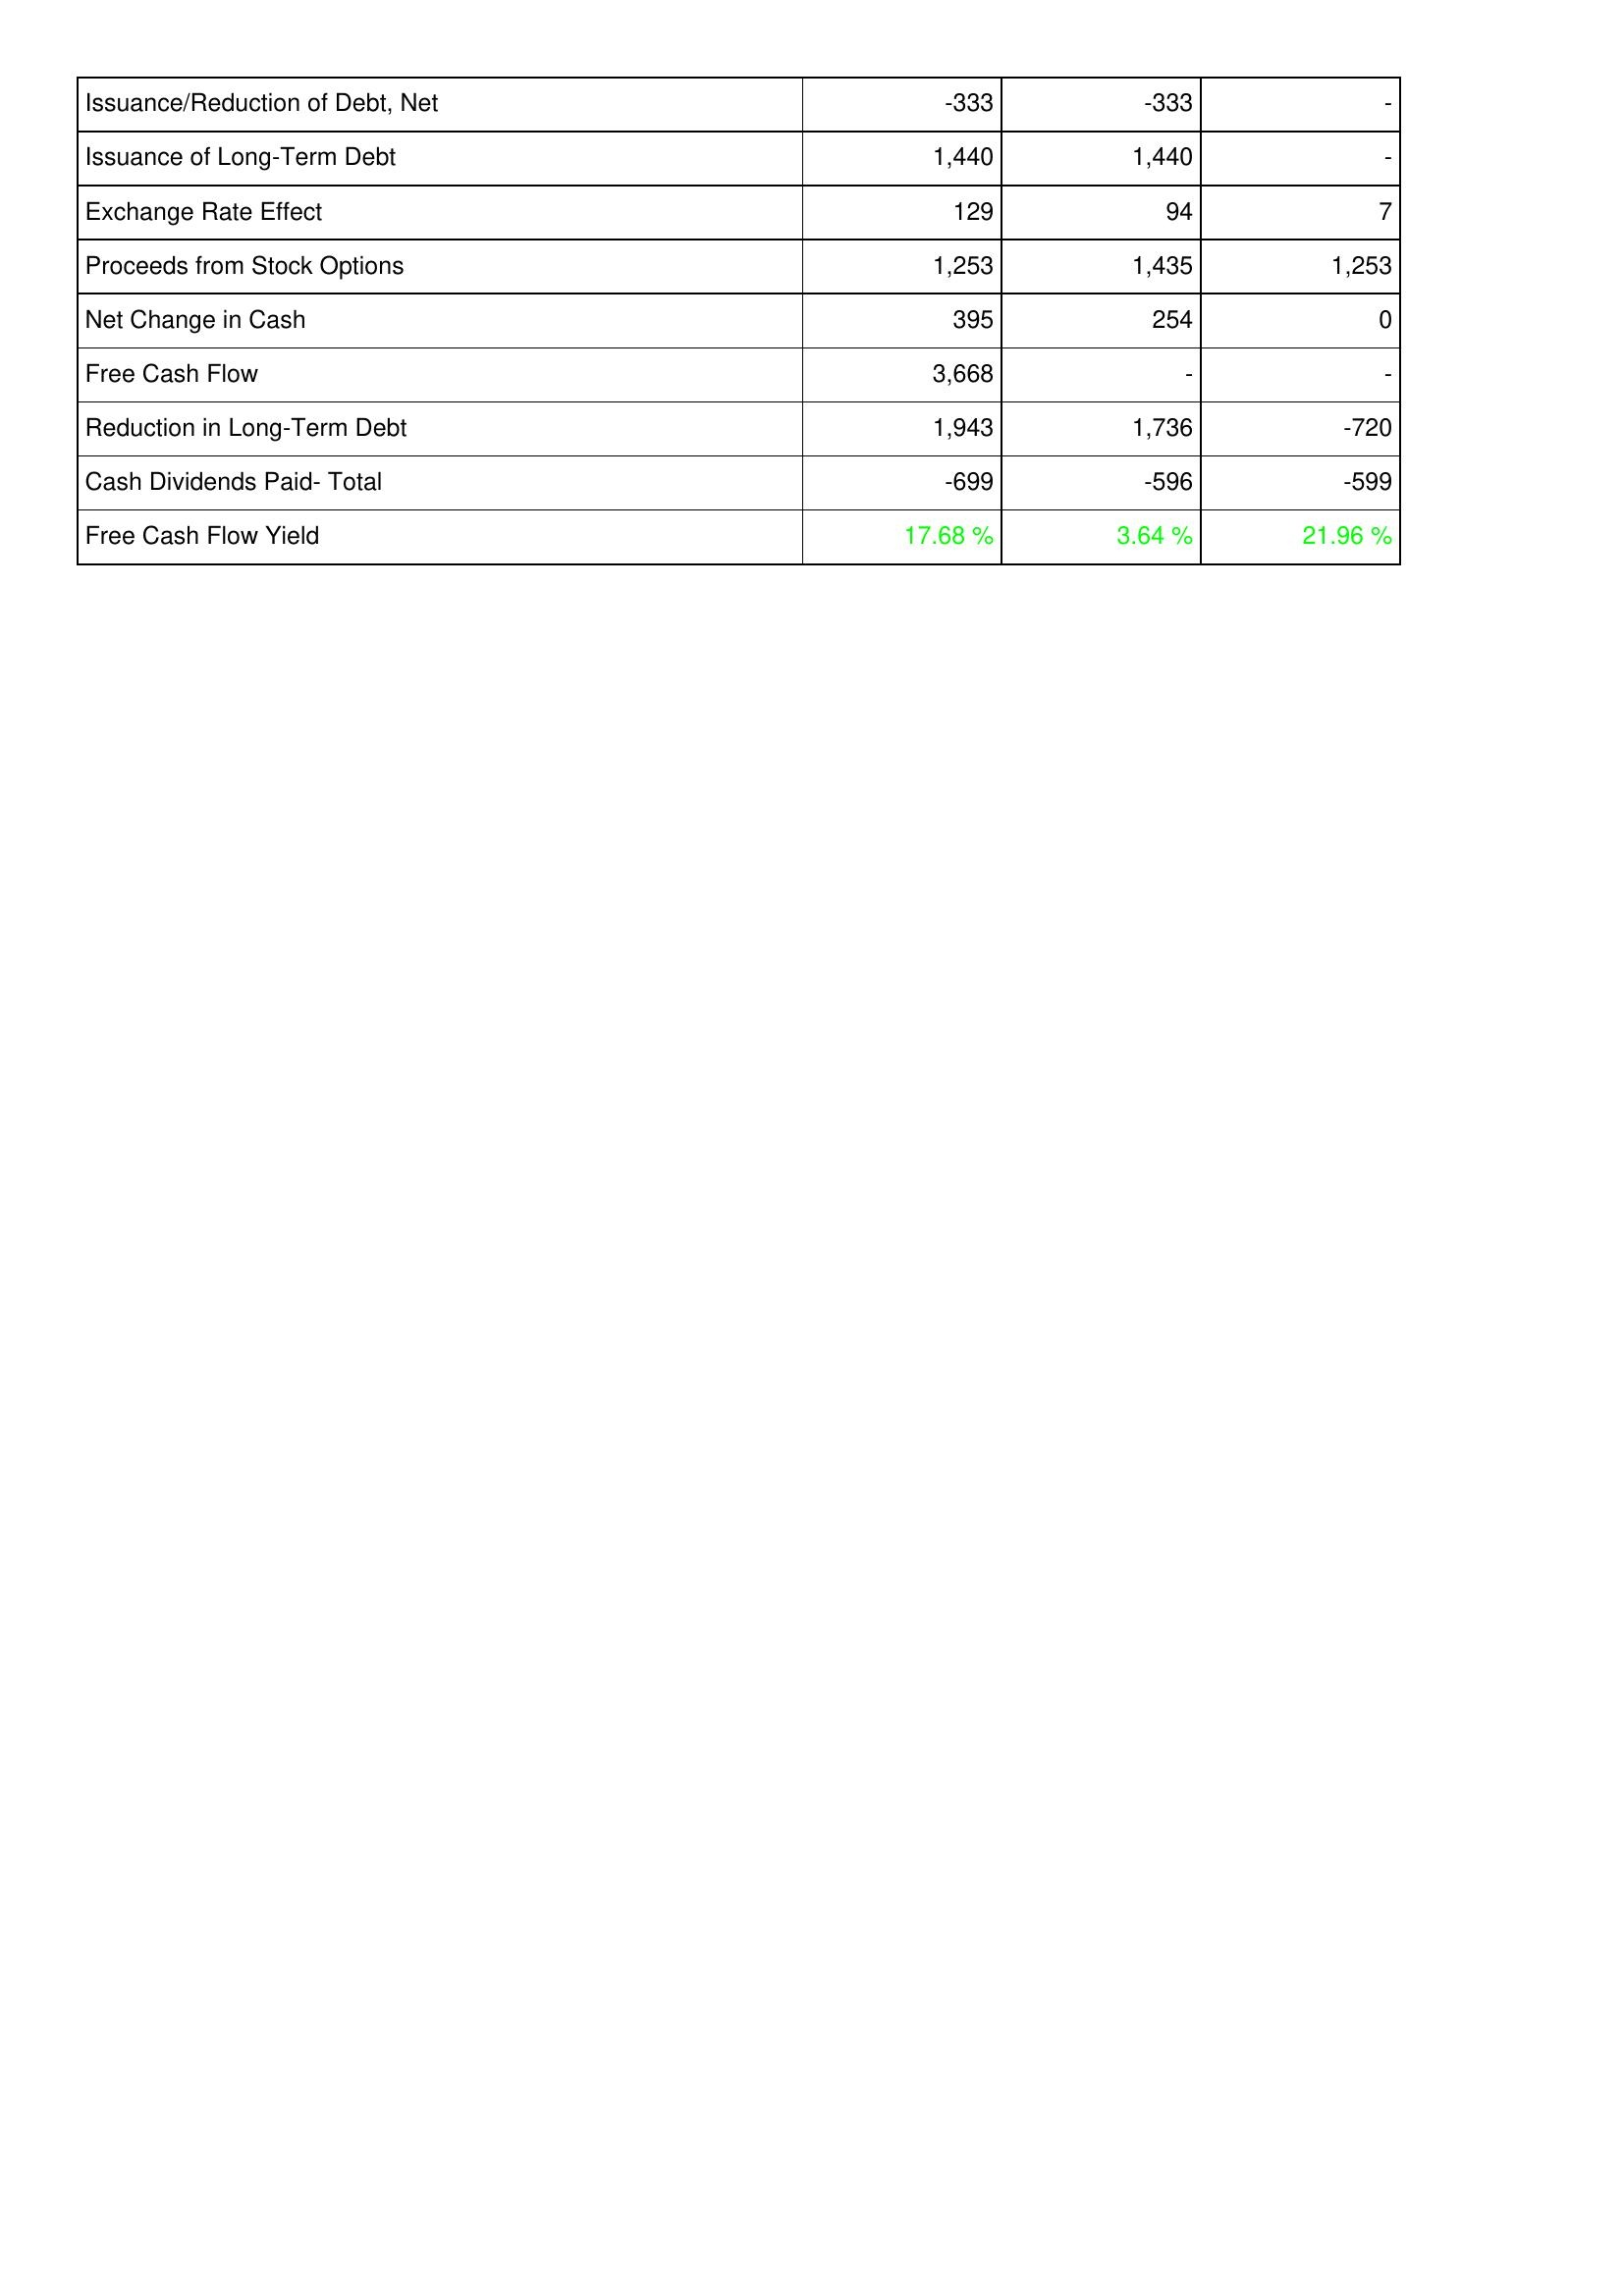
2020: Financing Activities: Issuance/Reduction of Debt, Net: -333
Issuance of Long-Term Debt: 1,440
Exchange Rate Effect: 129
Proceeds from Stock Options: 1,253
Net Change in Cash: 395
Free Cash Flow: 3,668
Reduction in Long-Term Debt: 1,943
Cash Dividends Paid- Total: -699
Free Cash Flow Yield: 17.68 %
2019: Financing Activities: Issuance/Reduction of Debt, Net: -333
Issuance of Long-Term Debt: 1,440
Exchange Rate Effect: 94
Proceeds from Stock Options: 1,435
Net Change in Cash: 254
Free Cash Flow: -
Reduction in Long-Term Debt: 1,736
Cash Dividends Paid- Total: -596
Free Cash Flow Yield: 3.64 %
2018: Financing Activities: Issuance/Reduction of Debt, Net: -
Issuance of Long-Term Debt: -
Exchange Rate Effect: 7
Proceeds from Stock Options: 1,253
Net Change in Cash: 0
Free Cash Flow: -
Reduction in Long-Term Debt: -720
Cash Dividends Paid- Total: -599
Free Cash Flow Yield: 21.96 %